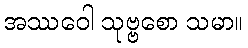
အဿဝေါ သုဗ္ဗစော သမာ။